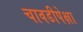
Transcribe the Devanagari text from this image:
चावडीपेक्षा